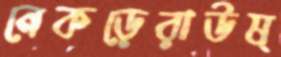
নেকড়েরাউষ্